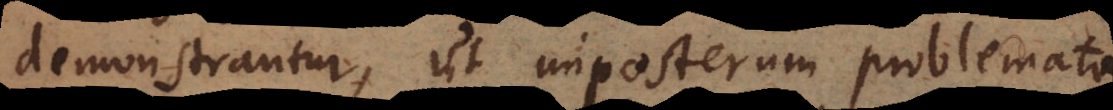
demonstrantur, ut imposterum problemata